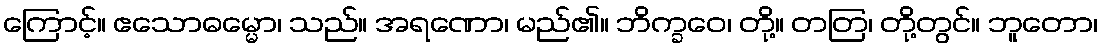
ကြောင့်။ ဧသောဓမ္မော၊ သည်။ အရဏော၊ မည်၏။ ဘိက္ခဝေ၊ တို့။ တတြ၊ တို့တွင်။ ဘူတော၊